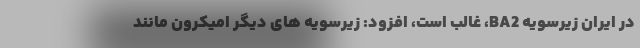
در ایران زیرسویه BA2، غالب است، افزود: زیرسویه های دیگر اُمیکرون مانند